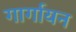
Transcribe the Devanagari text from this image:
गार्गायन